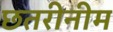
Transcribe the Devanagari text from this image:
छतरीनीम